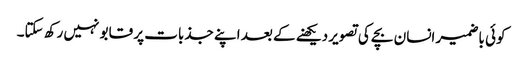
کوئی باضمیر انسان بچے کی تصویر دیکھنے کے بعد اپنے جذبات پر قابو نہیں رکھ سکتا۔